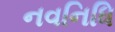
નવનિધિ